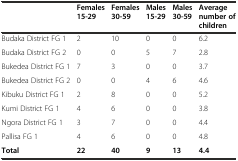
<table><thead><tr><td></td><td><b>Females 15-29</b></td><td><b>Females 30-59</b></td><td><b>Males 15-29</b></td><td><b>Males 30-59</b></td><td><b>Average number of children</b></td></tr></thead><tbody><tr><td>Budaka District FG 1</td><td>2</td><td>10</td><td>0</td><td>0</td><td>6.2</td></tr><tr><td>Budaka District FG 2</td><td>0</td><td>0</td><td>5</td><td>7</td><td>2.8</td></tr><tr><td>Bukedea District FG 1</td><td>7</td><td>3</td><td>0</td><td>0</td><td>3.7</td></tr><tr><td>Bukedea District FG 2</td><td>0</td><td>0</td><td>4</td><td>6</td><td>4.6</td></tr><tr><td>Kibuku District FG 1</td><td>2</td><td>8</td><td>0</td><td>0</td><td>5.2</td></tr><tr><td>Kumi District FG 1</td><td>4</td><td>6</td><td>0</td><td>0</td><td>3.8</td></tr><tr><td>Ngora District FG 1</td><td>3</td><td>7</td><td>0</td><td>0</td><td>4.4</td></tr><tr><td>Pallisa FG 1</td><td>4</td><td>6</td><td>0</td><td>0</td><td>4.8</td></tr><tr><td><b>Total</b></td><td><b>22</b></td><td><b>40</b></td><td><b>9</b></td><td><b>13</b></td><td><b>4.4</b></td></tr></tbody></table>